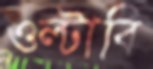
ওল্‌টাবি